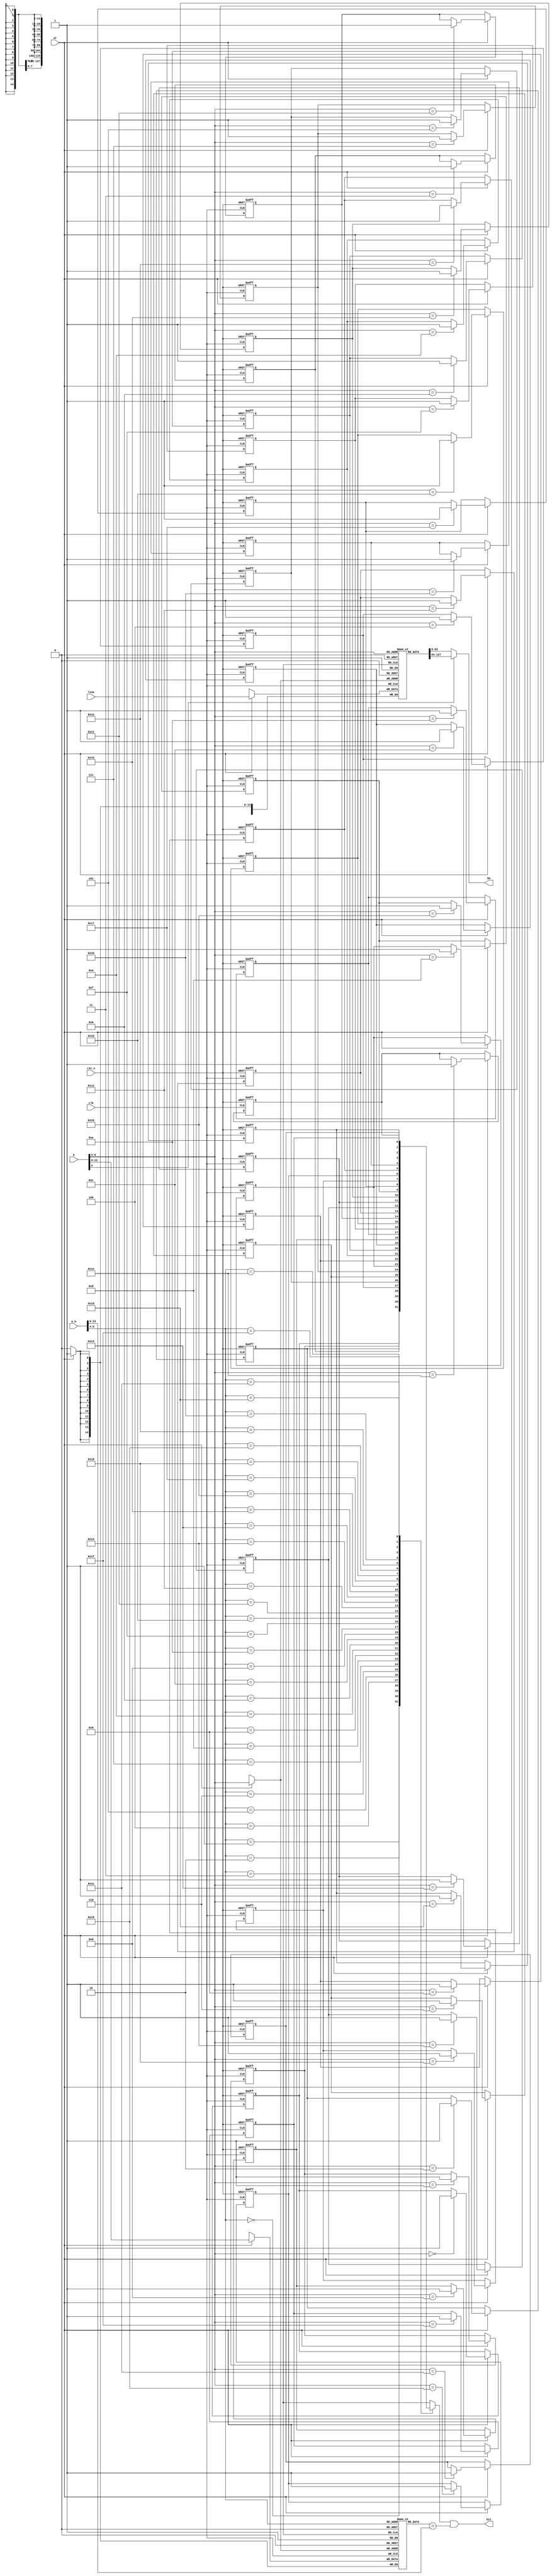
module DMC_32x16 (
`ifdef USE_POWER_PINS
    input VPWR,
    input VGND,
`endif
    input wire          clk,
    input wire          rst_n,
    // 
    input wire  [23:0]  A,
    input wire  [23:0]  A_h,
    output wire [63:0]  Do,
    output wire         hit,
    //
    input wire [127:0]  line,
    input wire          wr
);

    //
    reg [127:0] LINES   [31:0];
    reg [14:0]  TAGS    [31:0];
    reg         VALID   [31:0];

    wire [3:0]  offset  = A[3:0];
    wire [4:0]  index   = A[8:4];
    wire [14:0] tag     = A[23:9];

    wire [4:0]  index_h   = A_h[8:4];
    wire [14:0] tag_h     = A_h[23:9];

    
    assign  hit =   VALID[index_h] & (TAGS[index_h] == tag_h);

    
    assign  Do  =   (offset[3] == 1'd0) ?  LINES[index][63:0] : LINES[index][127:64];

    // clear the VALID flags
    integer i;
    always @ (posedge clk or negedge rst_n)
        if(!rst_n) 
            for(i=0; i<32; i=i+1)
                VALID[i] <= 1'b0;
        else  if(wr)  VALID[index]    <= 1'b1;

    always @(posedge clk)
        if(wr) begin
            LINES[index]    <= line;
            TAGS[index]     <= tag;
        end

endmodule